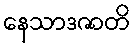
နေသာဒဇာတိ